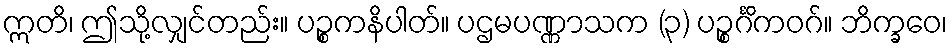
ဣတိ၊ ဤသို့လျှင်တည်း။ ပဉ္စကနိပါတ်။ ပဌမပဏ္ဏာသက (၃) ပဉ္စင်္ဂိကဝဂ်။ ဘိက္ခဝေ၊